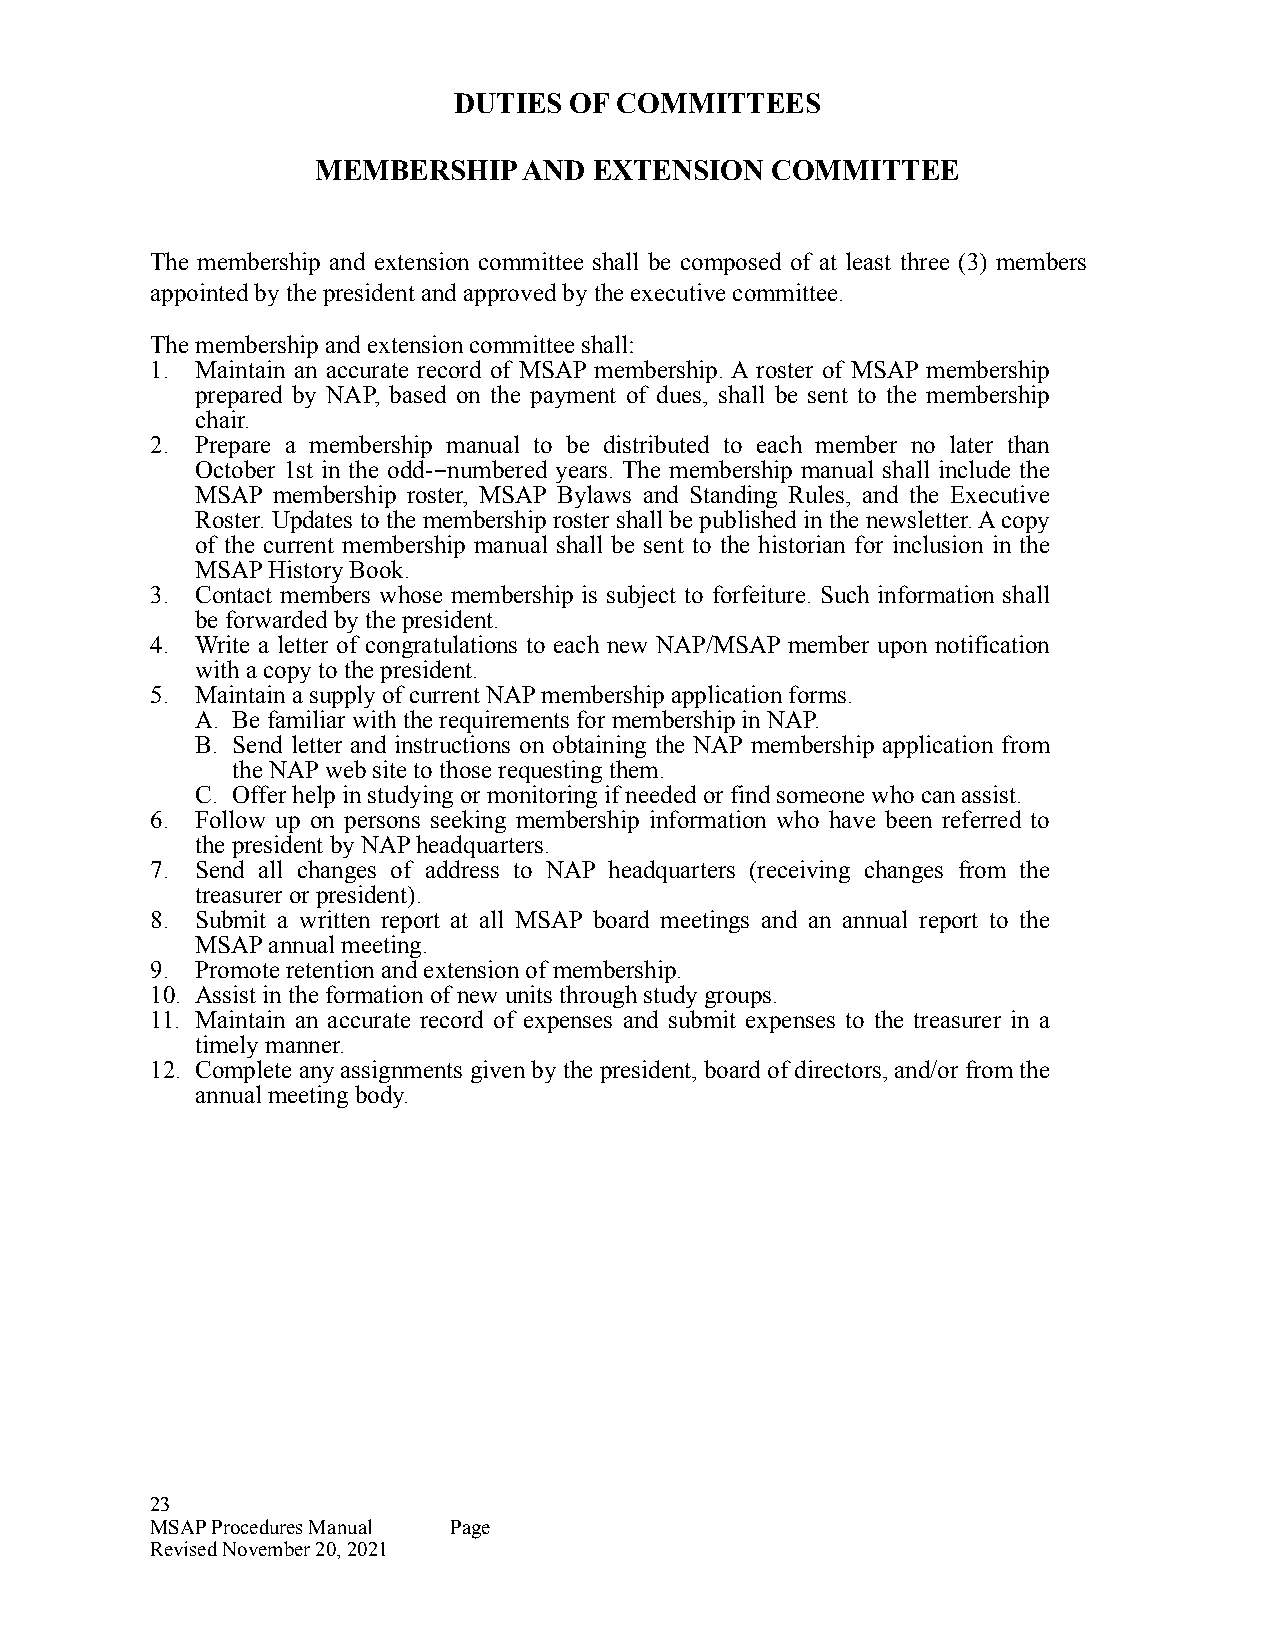
DUTIES  OF COMMITTEES
 MEMBERSHIP    AND EXTENSION   COMMITTEE
 The membership and extension committee shall be composed of at least three (3) members
 appointed by the president and approved by the executive committee.
 The membership and extension committee shall:
 1. Maintain an accurate record of MSAP membership. A roster of MSAP membership
 prepared by NAP, based on the payment of dues, shall be sent to the membership
 chair.
 2. Prepare a membership manual to be distributed to each member no later than
 October 1st in the odd--numbered years. The membership manual shall include the
 MSAP membership roster, MSAP Bylaws and Standing Rules, and the Executive
 Roster. Updates to the membership roster shall be published in the newsletter. A copy
 of the current membership manual shall be sent to the historian for inclusion in the
 MSAP History Book.
 3. Contact members whose membership is subject to forfeiture. Such information shall
 be forwarded by the president.
 4. Write a letter of congratulations to each new NAP/MSAP member upon notification
 with a copy to the president.
 5. Maintain a supply of current NAP membership application forms.
 A. Be familiar with the requirements for membership in NAP.
 B. Send letter and instructions on obtaining the NAP membership application from
 the NAP web site to those requesting them.
 C. Offer help in studying or monitoring if needed or find someone who can assist.
 6. Follow up on persons seeking membership information who have been referred to
 the president by NAP headquarters.
 7. Send all changes of address to NAP headquarters (receiving changes from the
 treasurer or president).
 8. Submit a written report at all MSAP board meetings and an annual report to the
 MSAP annual meeting.
 9. Promote retention and extension of membership.
 10. Assist in the formation of new units through study groups.
 11. Maintain an accurate record of expenses and submit expenses to the treasurer in a
 timely manner.
 12. Complete any assignments given by the president, board of directors, and/or from the
 annual meeting body.
 23
 MSAP Procedures Manual Page
 Revised November 20, 2021